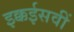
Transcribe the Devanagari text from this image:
इक्कईसवीं